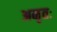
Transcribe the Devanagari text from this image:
अमृतः